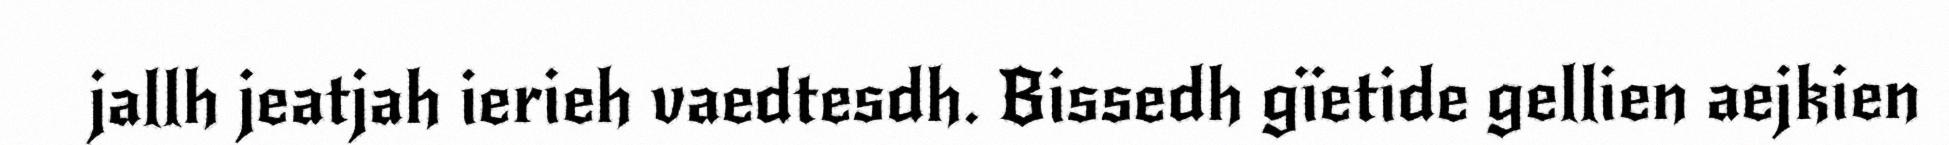
jallh jeatjah ierieh vaedtesdh. Bissedh gïetide gellien aejkien